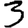
Digit: 3